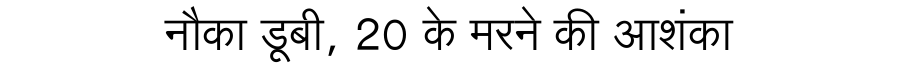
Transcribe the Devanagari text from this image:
नौका डूबी, 20 के मरने की आशंका